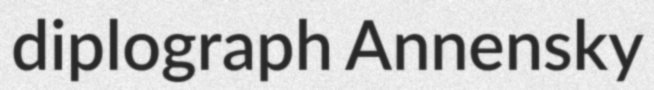
diplograph Annensky